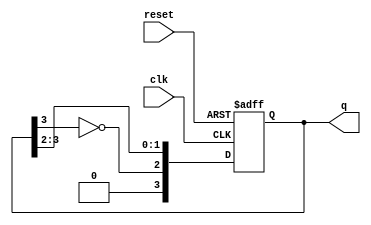
module johnson_counter (
    input wire clk,       // Clock input
    input wire reset,     // Asynchronous reset
    output reg [N-1:0] q // Output state of the counter
);

parameter N = 4; // Number of flip-flops (stages) in the Johnson counter

// Sequential logic to implement the Johnson counter
always @(posedge clk or posedge reset) begin
    if (reset) begin
        q <= 0; // Initialize to zero on reset
    end else begin
        q <= {~q[N-1], q[N-1:N-2]}; // Shift left and feedback the inverted last bit
    end
end

endmodule